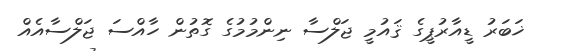
ޚަބަރު ޑީއާރުޕީގެ ޤައުމީ ޖަލްސާ ނިންމުމުގެ ގޮތުން ހާއްސަ ޖަލްސާއެއް